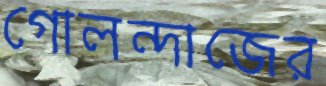
গোলন্দাজের